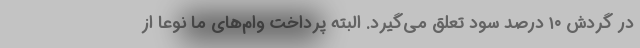
در گردش ۱۰ درصد سود تعلق می‌گیرد. البته پرداخت‌ وام‌های ما نوعا از